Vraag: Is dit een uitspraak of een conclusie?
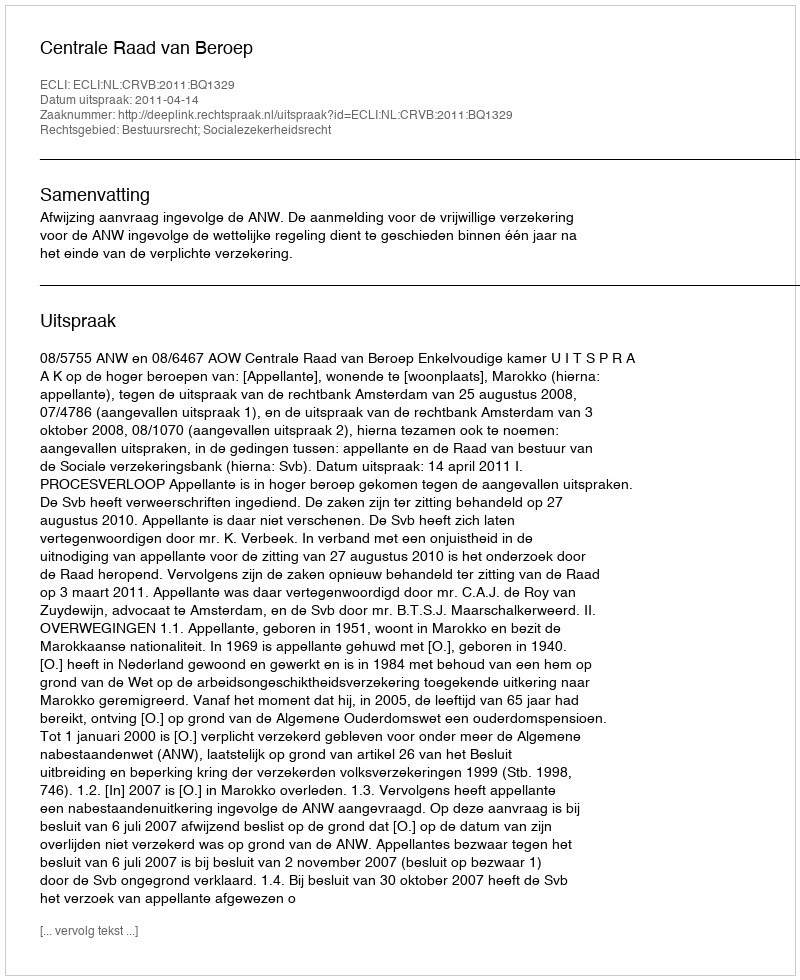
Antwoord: Uitspraak